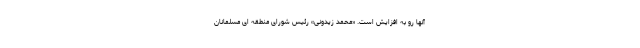
آنها رو به افزایش است. «محمد زیدونی» رئیس شورای منطقه ای مسلمانان